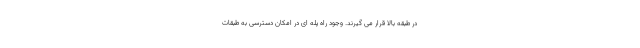
در طبقه بالا قرار می گیرند. وجود راه پله ای در امکان دسترسی به طبقات